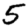
Digit: 5